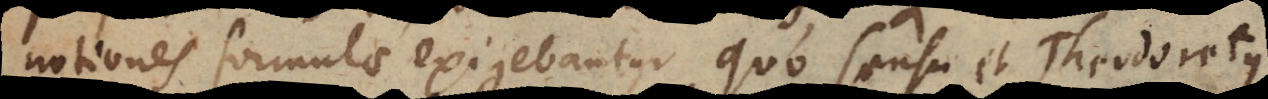
notiones formulae exigebantur. Quo sensu et Theodoretus